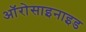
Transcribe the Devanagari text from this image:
ऑरोसाइनाइड